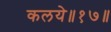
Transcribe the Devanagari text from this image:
कलये॥१७॥